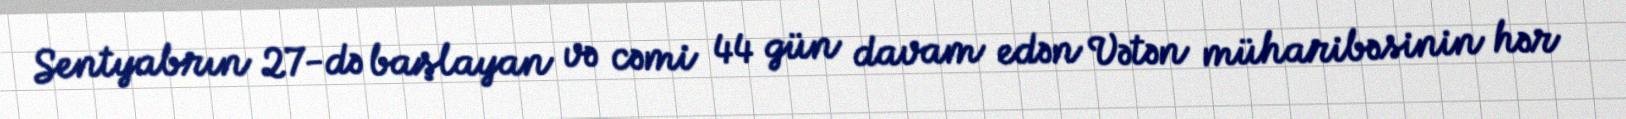
Sentyabrın 27-də başlayan və cəmi 44 gün davam edən Vətən müharibəsinin hər